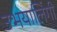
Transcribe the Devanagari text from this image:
उभयालिंगी